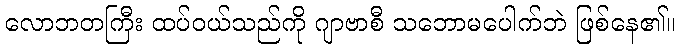
လောဘတကြီး ထပ်ဝယ်သည်ကို ဂျာဗာစီ သဘောမပေါက်ဘဲ ဖြစ်နေ၏။